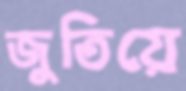
জুতিয়ে